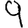
Digit: 9